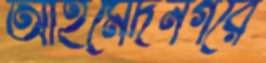
আহমেদনগরে